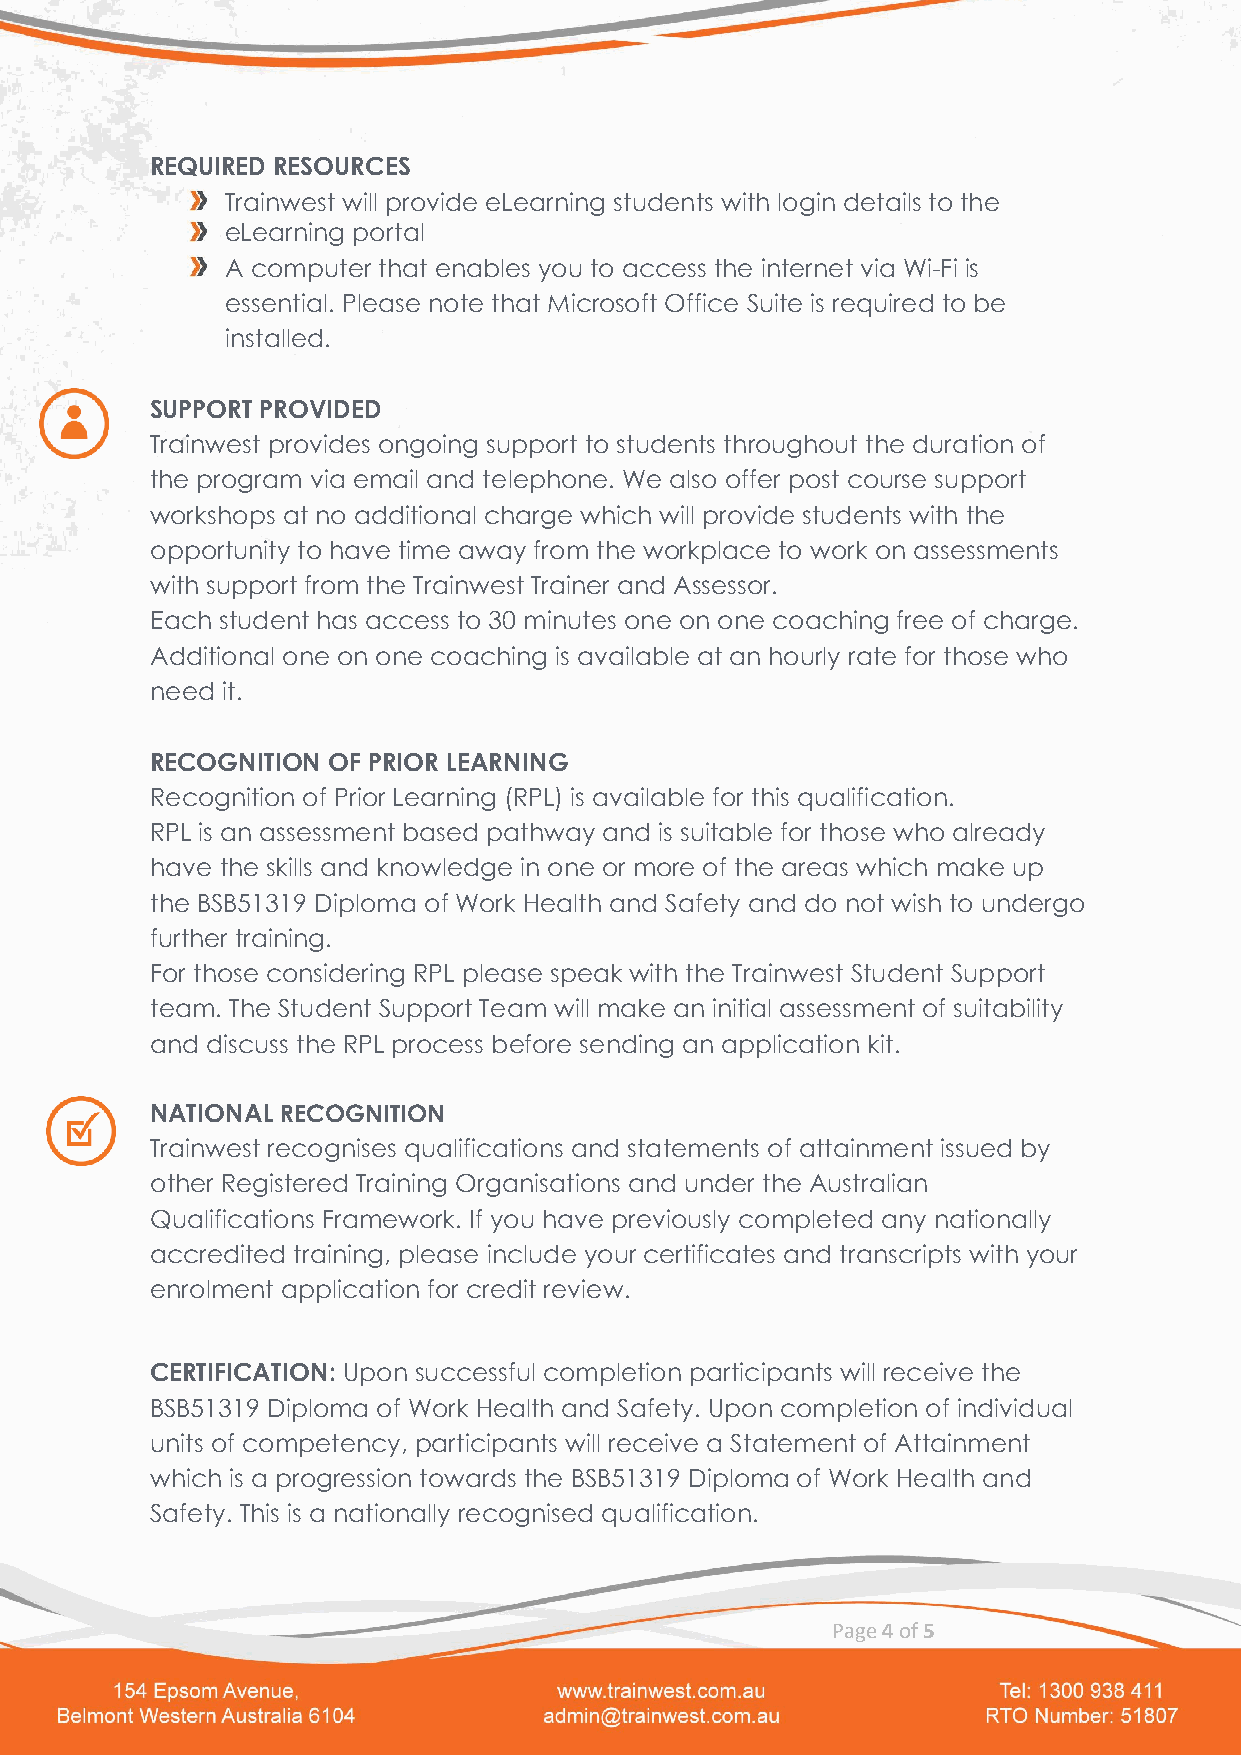
REQUIRED RESOURCES
 Trainwest will provide eLearning students with login details to the
 eLearning portal
 A computer that enables you to access the internet via Wi-Fi is
 essential. Please note that Microsoft Office Suite is required to be
 installed.
 SUPPORT PROVIDED
 Trainwest provides ongoing support to students throughout the duration of
 the program via email and telephone. We also offer post course support
 workshops at no additional charge which will provide students with the
 opportunity to have time away from the workplace to work on assessments
 with support from the Trainwest Trainer and Assessor.
 Each student has access to 30 minutes one on one coaching free of charge.
 Additional one on one coaching is available at an hourly rate for those who
 need it.
 RECOGNITION OF PRIOR LEARNING
 Recognition of Prior Learning (RPL) is available for this qualification.
 RPL is an assessment based pathway and is suitable for those who already
 have the skills and knowledge in one or more of the areas which make up
 the BSB51319 Diploma of Work Health and Safety and do not wish to undergo
 further training.
 For those considering RPL please speak with the Trainwest Student Support
 team. The Student Support Team will make an initial assessment of suitability
 and discuss the RPL process before sending an application kit.
 NATIONAL RECOGNITION
 Trainwest recognises qualifications and statements of attainment issued by
 other Registered Training Organisations and under the Australian
 Qualifications Framework. If you have previously completed any nationally
 accredited training, please include your certificates and transcripts with your
 enrolment application for credit review.
 CERTIFICATION: Upon successful completion participants will receive the
 BSB51319 Diploma of Work Health and Safety. Upon completion of individual
 units of competency, participants will receive a Statement of Attainment
 which is a progression towards the BSB51319 Diploma of Work Health and
 Safety. This is a nationally recognised qualification.
 Page 4 of 5